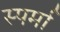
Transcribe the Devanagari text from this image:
स्पर्मा